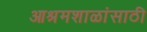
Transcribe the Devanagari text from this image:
आश्रमशाळांसाठी